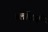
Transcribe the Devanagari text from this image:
ब्लॉटर्स